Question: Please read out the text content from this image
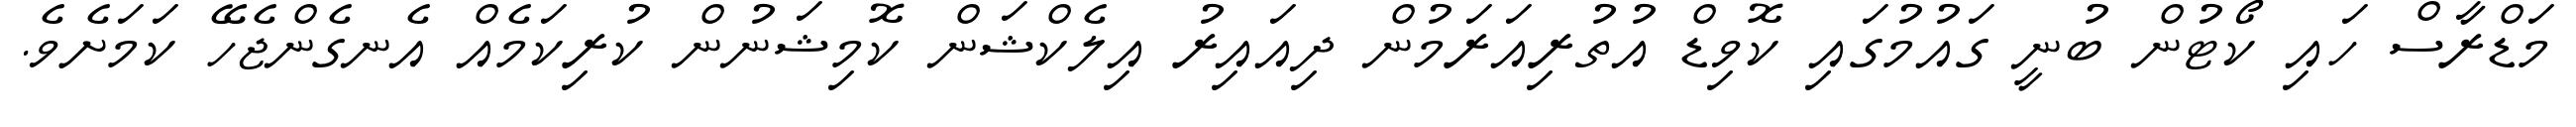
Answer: މަޑްރާސް ހައި ކޯޓުން ބުނީ ގައުމުގައި ކޮވިޑް އުތުރިއަރަމުން ދިއައިރު އިލެކްޝަން ކޮމިޝަނުން ކުރިކަމެއް އެނގެންޖެހޭ ކަމަށެވެ.